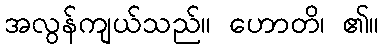
အလွန်ကျယ်သည်။ ဟောတိ၊ ၏။